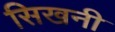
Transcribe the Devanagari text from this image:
सिखनी